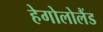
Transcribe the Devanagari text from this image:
हेगोलोलैंड